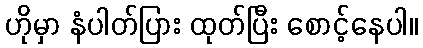
ဟိုမှာ နံပါတ်ပြား ထုတ်ပြီး စောင့်နေပါ။